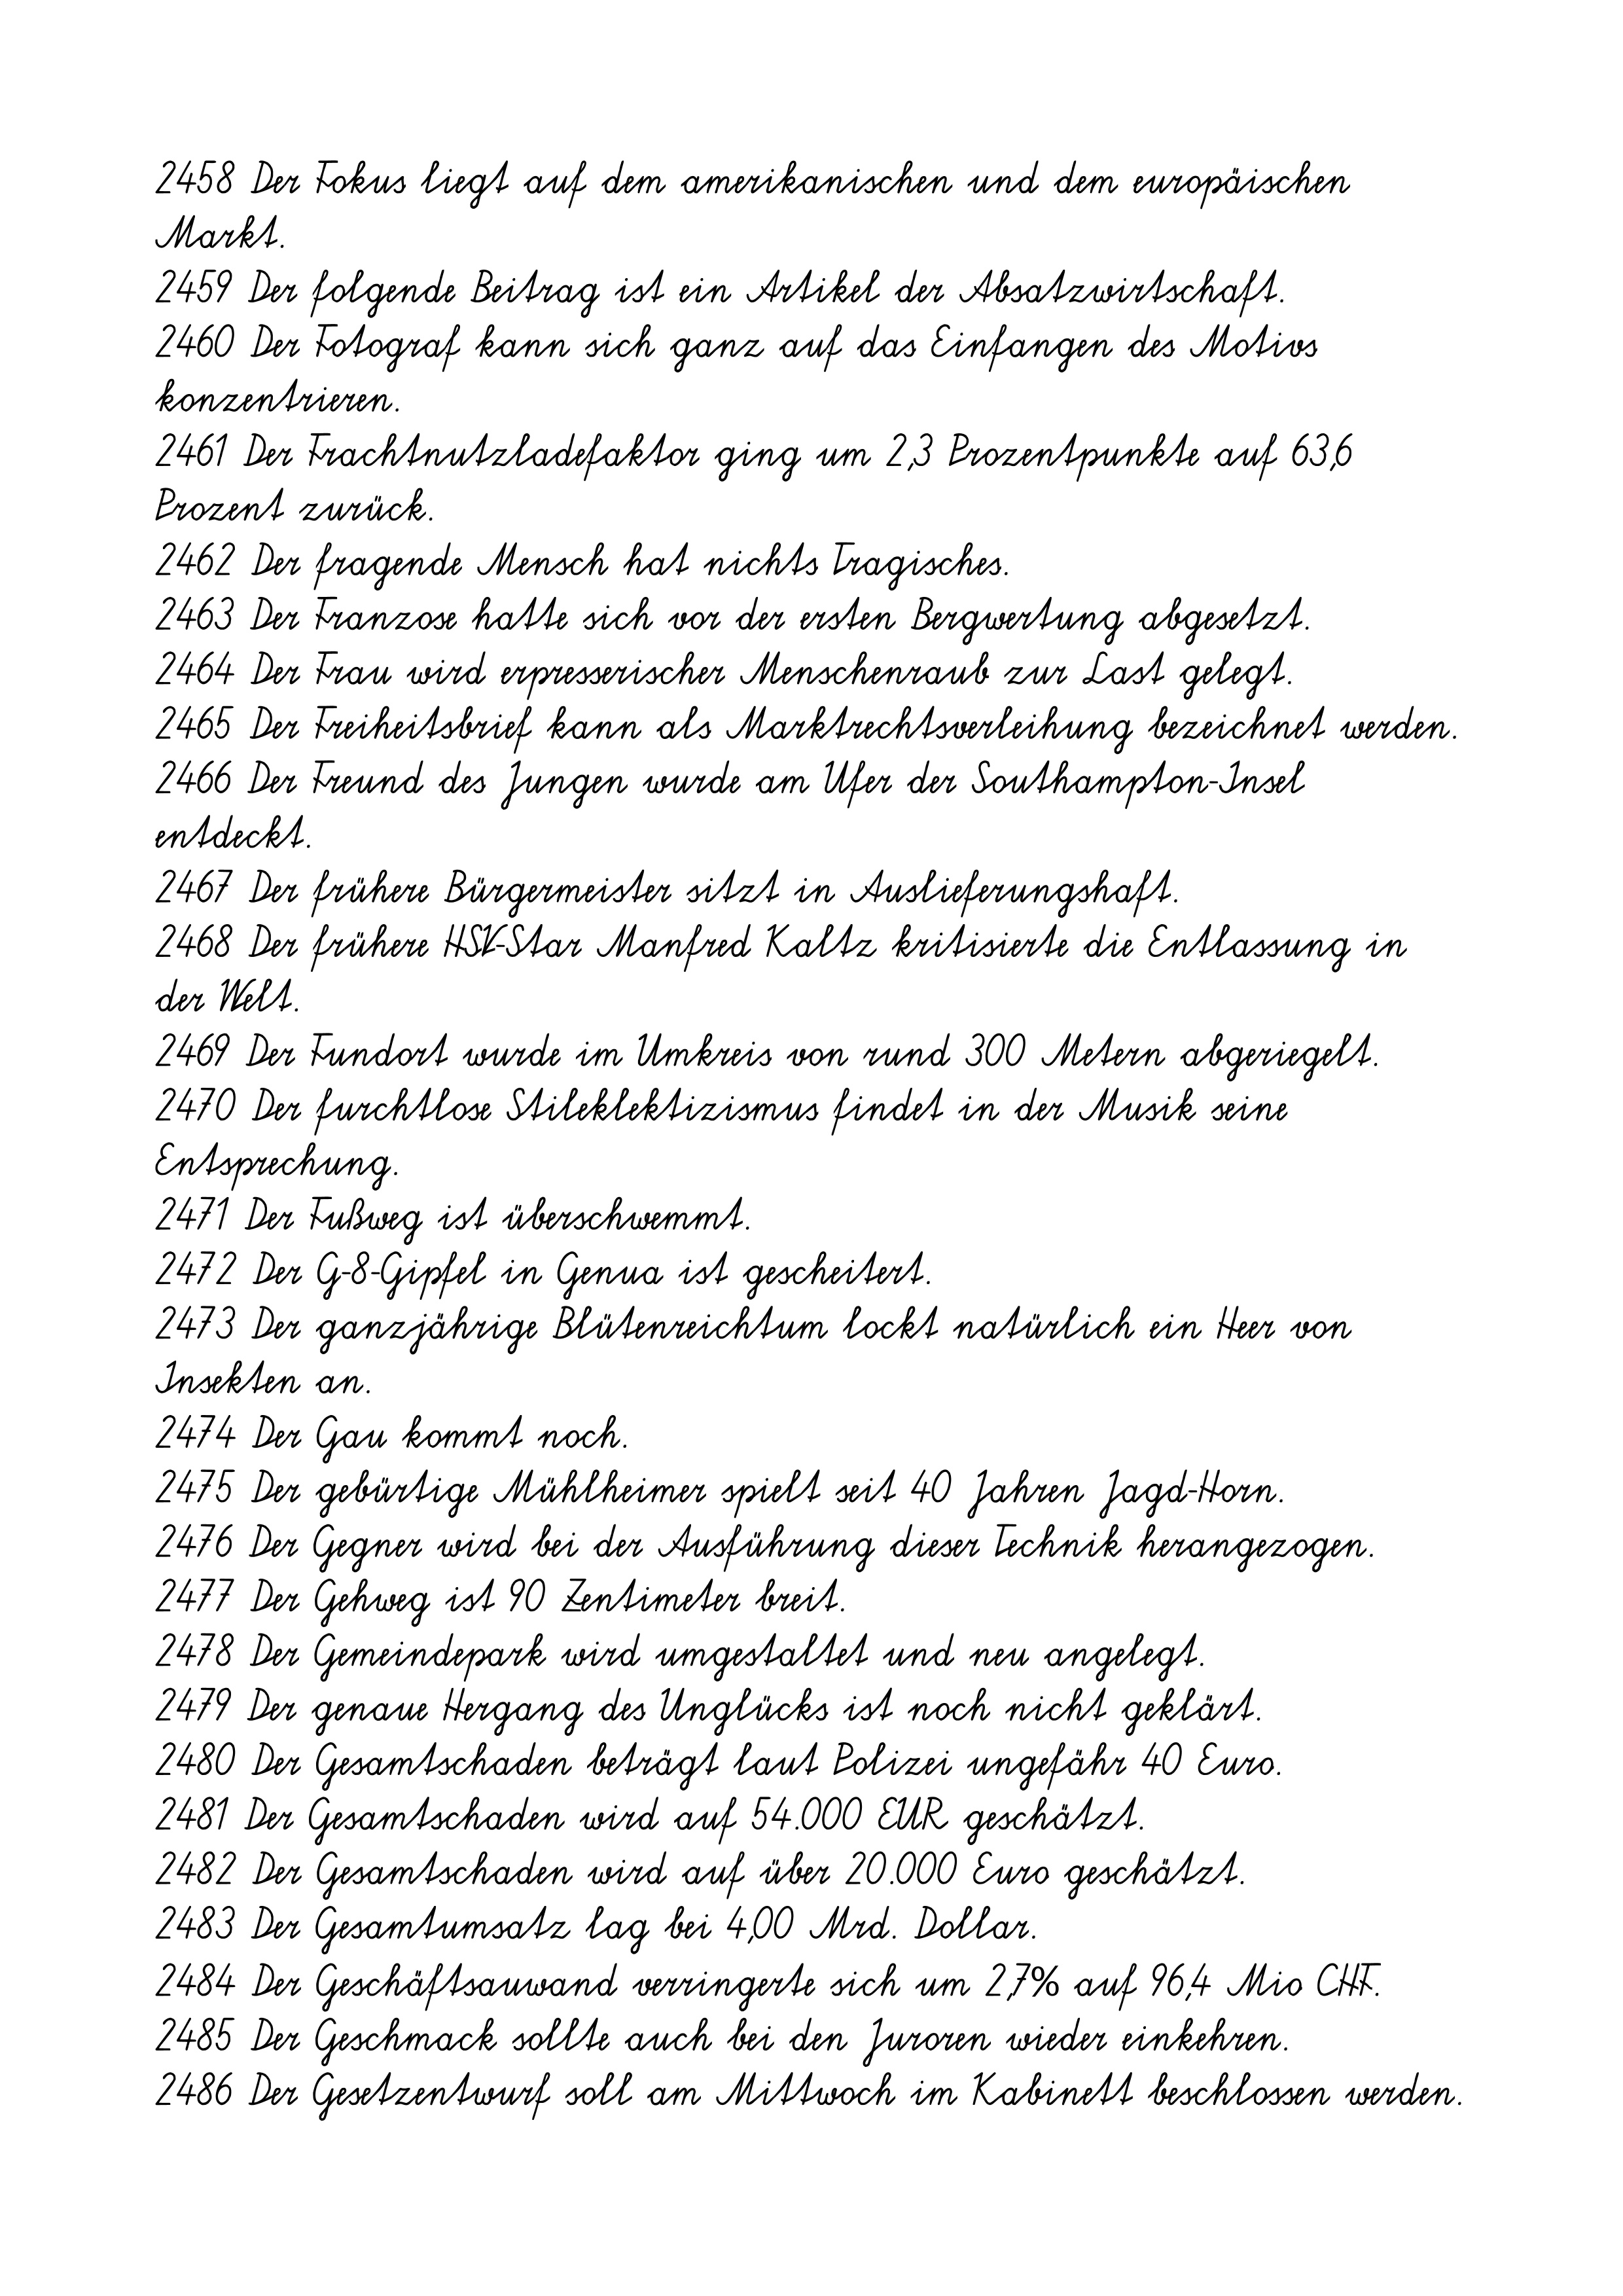
2458 Der Fokus liegt auf dem amerikanischen und dem europäischen
Markt.
2459 Der folgende Beitrag ist ein Artikel der Absatzwirtschaft.
2460 Der Fotograf kann sich ganz auf das Einfangen des Motivs
konzentrieren.
2461 Der Frachtnutzladefaktor ging um 2,3 Prozentpunkte auf 63,6
Prozent zurück.
2462 Der fragende Mensch hat nichts Tragisches.
2463 Der Franzose hatte sich vor der ersten Bergwertung abgesetzt.
2464 Der Frau wird erpresserischer Menschenraub zur Last gelegt.
2465 Der Freiheitsbrief kann als Marktrechtsverleihung bezeichnet werden.
2466 Der Freund des Jungen wurde am Ufer der Southampton-Insel
entdeckt.
2467 Der frühere Bürgermeister sitzt in Auslieferungshaft.
2468 Der frühere HSV-Star Manfred Kaltz kritisierte die Entlassung in
der Welt.
2469 Der Fundort wurde im Umkreis von rund 300 Metern abgeriegelt.
2470 Der furchtlose Stileklektizismus findet in der Musik seine
Entsprechung.
2471 Der Fußweg ist überschwemmt.
2472 Der G-8-Gipfel in Genua ist gescheitert.
2473 Der ganzjährige Blütenreichtum lockt natürlich ein Heer von
Insekten an.
2474 Der Gau kommt noch.
2475 Der gebürtige Mühlheimer spielt seit 40 Jahren Jagd-Horn.
2476 Der Gegner wird bei der Ausführung dieser Technik herangezogen.
2477 Der Gehweg ist 90 Zentimeter breit.
2478 Der Gemeindepark wird umgestaltet und neu angelegt.
2479 Der genaue Hergang des Unglücks ist noch nicht geklärt.
2480 Der Gesamtschaden beträgt laut Polizei ungefähr 40 Euro.
2481 Der Gesamtschaden wird auf 54.000 EUR geschätzt.
2482 Der Gesamtschaden wird auf über 20.000 Euro geschätzt.
2483 Der Gesamtumsatz lag bei 4,00 Mrd. Dollar.
2484 Der Geschäftsauwand verringerte sich um 2,7% auf 96,4 Mio CHF.
2485 Der Geschmack sollte auch bei den Juroren wieder einkehren.
2486 Der Gesetzentwurf soll am Mittwoch im Kabinett beschlossen werden.